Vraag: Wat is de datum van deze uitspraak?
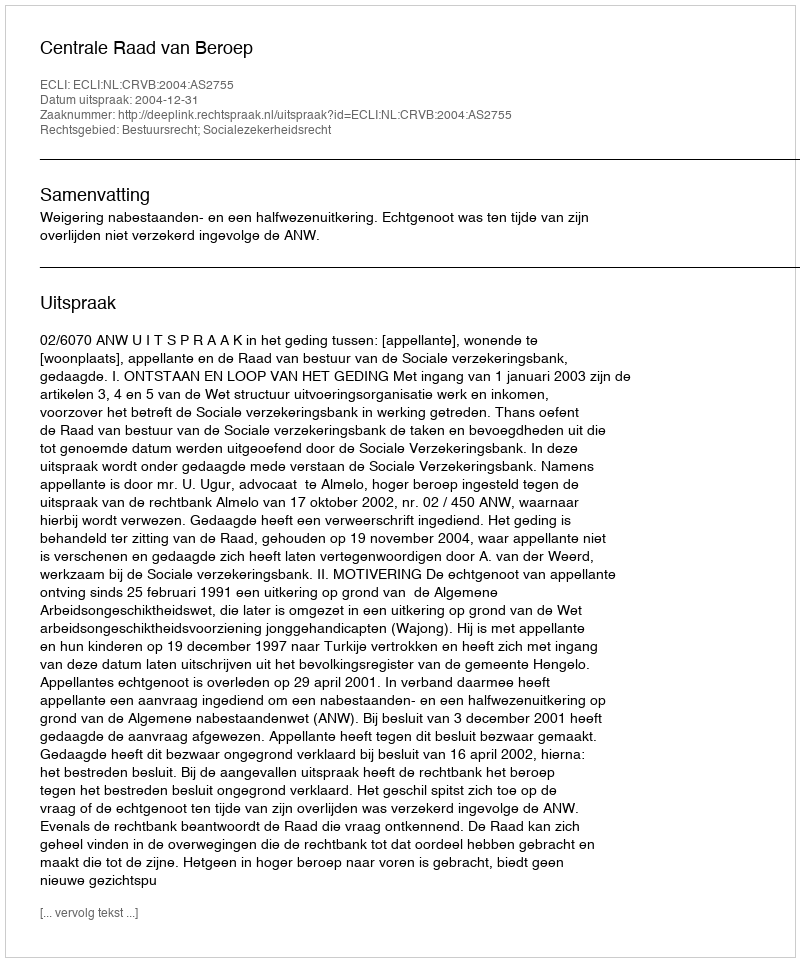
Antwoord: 2004-12-31